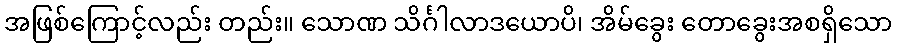
အဖြစ်ကြောင့်လည်း တည်း။ သောဏ သိင်္ဂါလာဒယောပိ၊ အိမ်ခွေး တောခွေးအစရှိသော